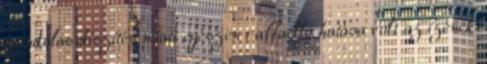
mandulás díszítés miatt egészen raffaello hatása volt az ízének.